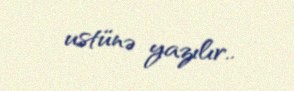
ustünə yazılır..